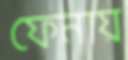
ফেনায়